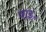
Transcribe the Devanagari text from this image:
वाइ॰